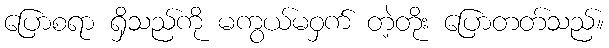
ပြောစရာ ရှိသည်ကို မကွယ်မဝှက် တဲ့တိုး ပြောတတ်သည်။